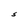
Character: S